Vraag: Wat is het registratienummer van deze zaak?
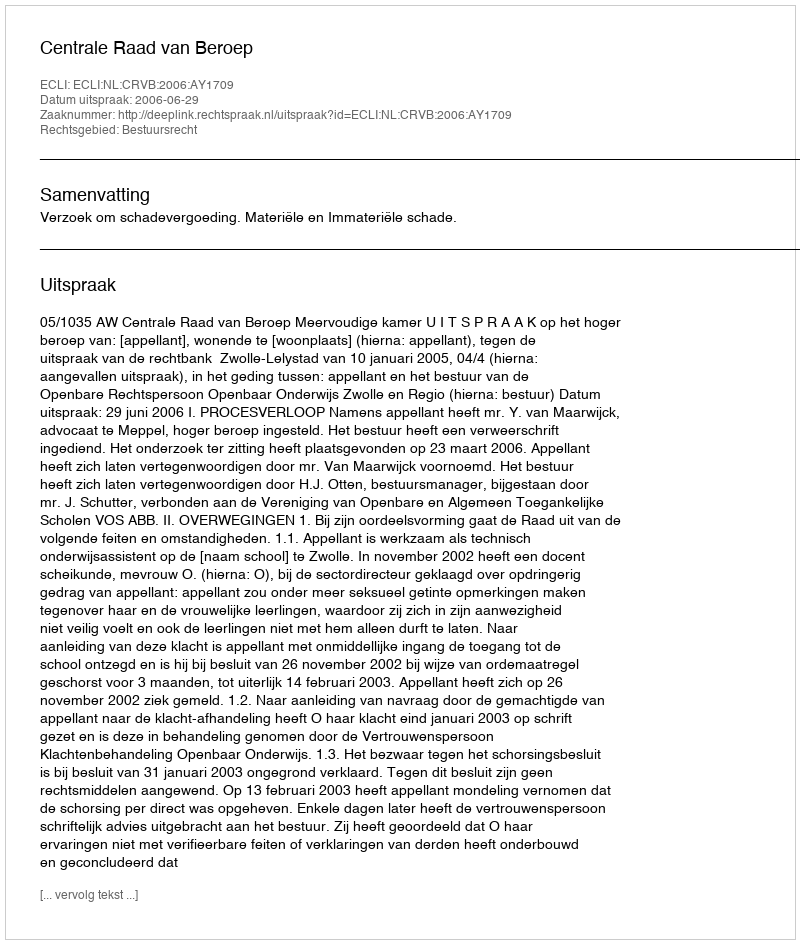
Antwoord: http://deeplink.rechtspraak.nl/uitspraak?id=ECLI:NL:CRVB:2006:AY1709